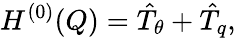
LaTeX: H^{(0)}(Q)=\hat{T}_{\theta}+\hat{T}_{q},